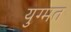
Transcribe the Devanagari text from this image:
युग्मत